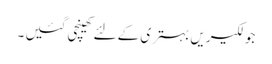
جو لکیریں بہتری کے لئے کھینچی گئیں ۔